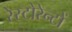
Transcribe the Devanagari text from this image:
रेस्टोरेन्टों